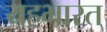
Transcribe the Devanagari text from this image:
यहभारत